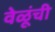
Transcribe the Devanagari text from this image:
वेळूंची